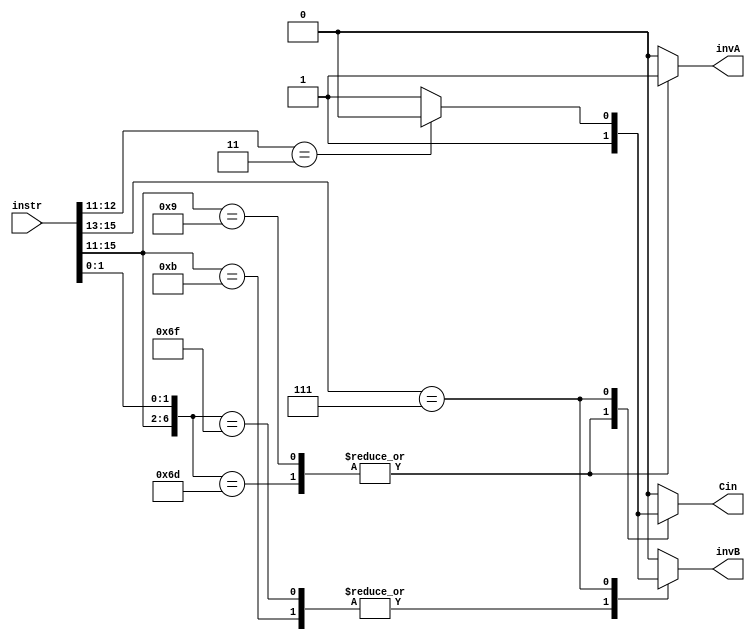
module alu_inv(instr, invA, invB, Cin);
input [15:0]instr;
output reg invA;
output reg invB;
output reg Cin;

wire [2:0] aluop;
assign aluop = (instr[15:14] == 2'b11) ? {instr[13],instr[1:0]} : instr [13:11];
always@(*) begin
	casex({instr[15:11], instr[1:0]})
	//ANDNI
	7'b01011??: begin 
		invA=0;
		invB=1;
		Cin=0;
	end

	//ANDN 
	7'b1101111: begin 
		invA= 0;
		invB= 1;
		Cin= 0;
	end

	//SUB
	7'b1101101: begin 
		invA=1;
		invB=0;
		Cin=1;
	end

	//2's complement
	//SUBI
	7'b01001??: begin
		invA=1;
		invB=0;
		Cin=1;
	end

	//SEQ, SLT, SLE, SCO
	7'b111????: begin
		invA = 0;
		invB = (instr[12:11] == 2'b11) ? 0 : 1;
		Cin = (instr[12:11] == 2'b11) ? 0 : 1;
	end
	
	default: begin
		invA = 0;
		invB=0;
		Cin=0;
	end

	endcase
end
endmodule